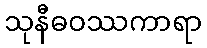
သုနီဓဝဿကာရာ